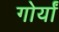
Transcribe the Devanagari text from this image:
गोर्यां